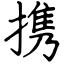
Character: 携